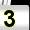
Digit: 3